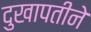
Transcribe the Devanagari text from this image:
दुखापतीने